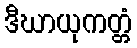
ဒီဃာယုကတ္တံ